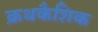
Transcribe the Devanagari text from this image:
क्रथकैशिक